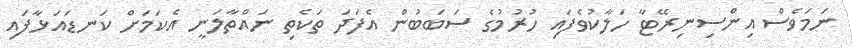
ނަމަވެސް އިންސިނިރޭޓާ ހަލާކުވެފައި ހުރުމުގެ ސަބަބުން އެފަދަ ތަކެތި ނައްތާލަނީ އެކަމަށް ކަނޑައަޅާފައި